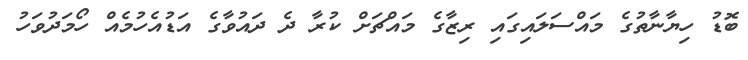
ބޮޑު ހިޔާނާތުގެ މައްސަލައިގައި ރިޒާގެ މައްޗަށް ކުރާ ދެ ދައުވާގެ އަޑުއެހުމެއް ހޯމަދުވަހު